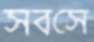
সবসে